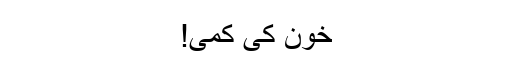
خون کی کمی!